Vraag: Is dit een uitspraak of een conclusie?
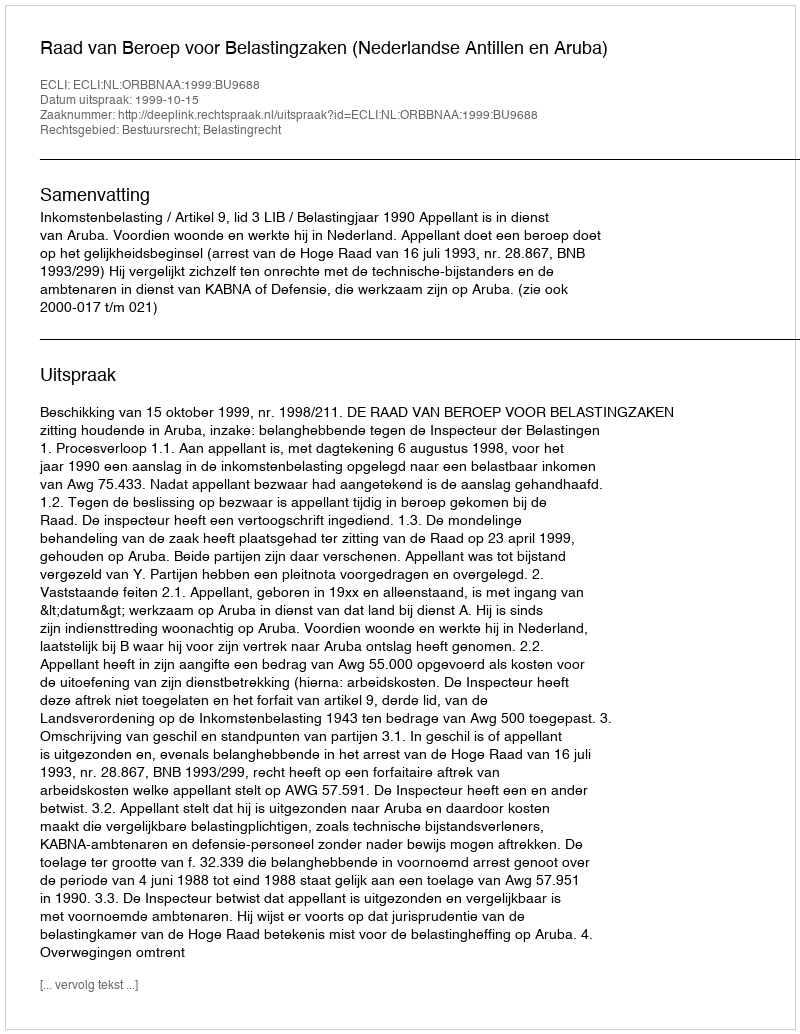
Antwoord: Uitspraak